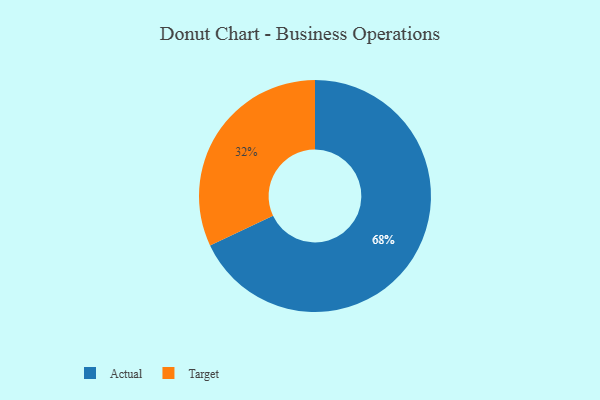
{"axis": {"x": "Category", "y": "Percentage"}, "legend": ["Actual", "Target"], "data": [{"x": "Actual", "y": 68, "type": "Actual"}, {"x": "Target", "y": 32, "type": "Target"}]}